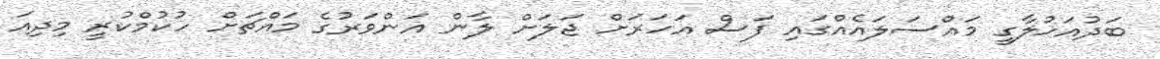
ބަދުއަހުލާގީ މައްސަލައެއްގައި ފަސް އަހަރަށް ޖަލަށް ލާން އަންވަރުގެ މައްޗަށް ހުކުމްކުރީ މިދިއަ